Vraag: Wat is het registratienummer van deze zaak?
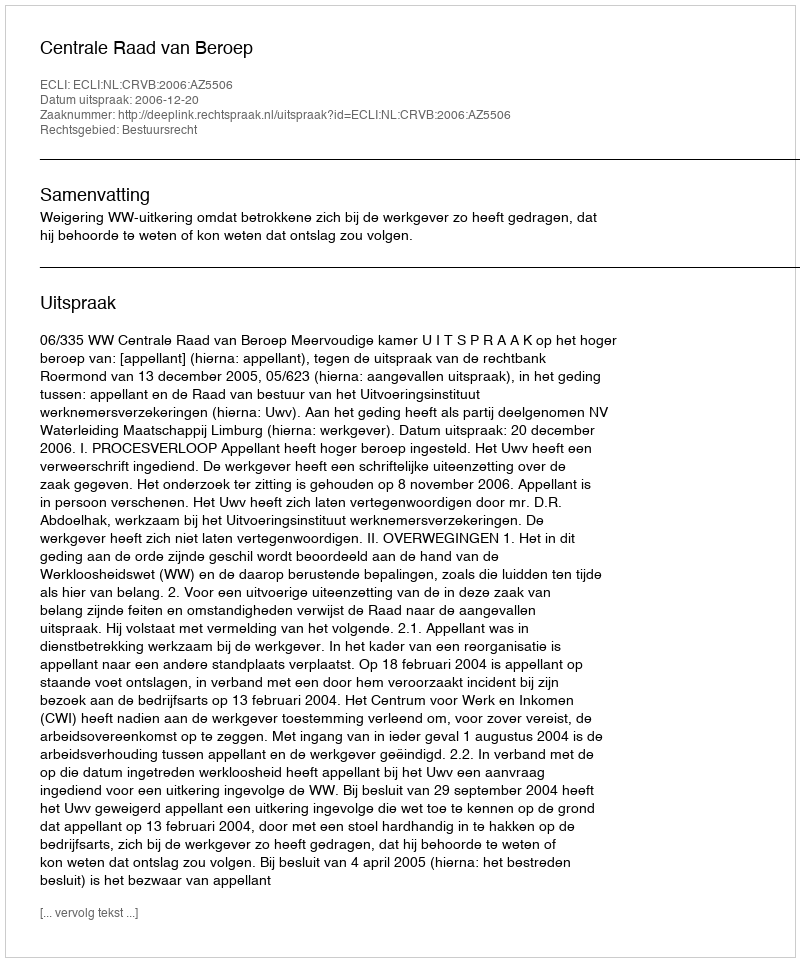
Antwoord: http://deeplink.rechtspraak.nl/uitspraak?id=ECLI:NL:CRVB:2006:AZ5506